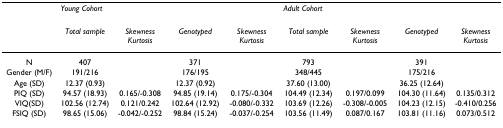
<table><thead><tr><td></td><td colspan="4"><b><i>Young Cohort</i></b></td><td colspan="4"><b><i>Adult Cohort</i></b></td></tr></thead><tbody><tr><td></td><td><i>Total sample</i></td><td><i>Skewness Kurtosis</i></td><td><i>Genotyped</i></td><td><i>Skewness Kurtosis</i></td><td><i>Total sample</i></td><td><i>Skewness Kurtosis</i></td><td><i>Genotyped</i></td><td><i>Skewness Kurtosis</i></td></tr><tr><td>N</td><td>407</td><td></td><td>371</td><td></td><td>793</td><td></td><td>391</td><td></td></tr><tr><td>Gender (M/F)</td><td>191/216</td><td></td><td>176/195</td><td></td><td>348/445</td><td></td><td>175/216</td><td></td></tr><tr><td>Age (SD)</td><td>12.37 (0.93)</td><td></td><td>12.37 (0.92)</td><td></td><td>37.60 (13.00)</td><td></td><td>36.25 (12.64)</td><td></td></tr><tr><td>PIQ (SD)</td><td>94.57 (18.93)</td><td>0.165/-0.308</td><td>94.85 (19.14)</td><td>0.175/-0.304</td><td>104.49 (12.34)</td><td>0.197/0.099</td><td>104.30 (11.64)</td><td>0.135/0.312</td></tr><tr><td>VIQ(SD)</td><td>102.56 (12.74)</td><td>0.121/0.242</td><td>102.64 (12.92)</td><td>-0.080/-0.332</td><td>103.69 (12.26)</td><td>-0.308/-0.005</td><td>104.23 (12.15)</td><td>-0.410/0.256</td></tr><tr><td>FSIQ (SD)</td><td>98.65 (15.06)</td><td>-0.042/-0.252</td><td>98.84 (15.24)</td><td>-0.037/-0.254</td><td>103.56 (11.49)</td><td>0.087/0.167</td><td>103.81 (11.16)</td><td>0.073/0.512</td></tr></tbody></table>